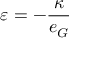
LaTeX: \varepsilon = - \frac { \kappa } { e _ { G } }